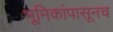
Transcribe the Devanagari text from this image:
भूमिकांपासूनच